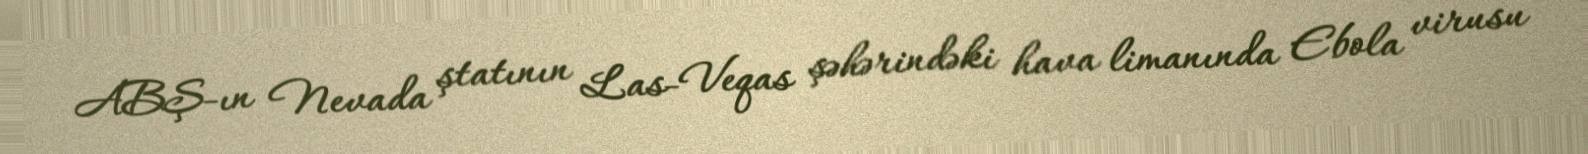
ABŞ-ın Nevada ştatının Las-Veqas şəhərindəki hava limanında Ebola virusu